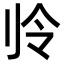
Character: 𫥻